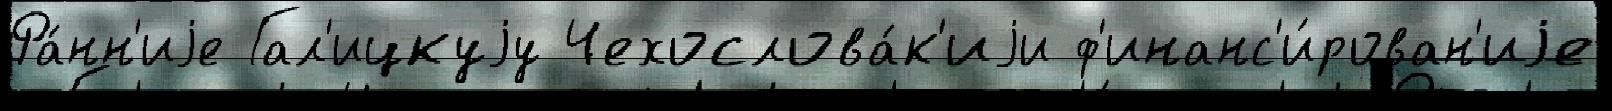
Ра́нн'иjе Гал'ицкуjу Чехослова́к'иjи ф'инанс'и́рован'иjе